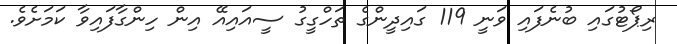
ރިޕޯޓުގައި ބުނެފައި ވަނީ 119 ގައިދީންގެ ތަހްގީގު ސީއައިއޭ އިން ހިންގާފައިވާ ކަމަށެވެ.